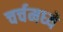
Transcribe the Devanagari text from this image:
चर्चमध्‍ये